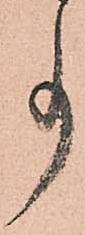
事